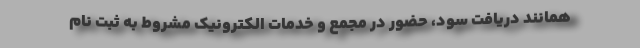
همانند دریافت سود، حضور در مجمع و خدمات الکترونیک مشروط به ثبت نام